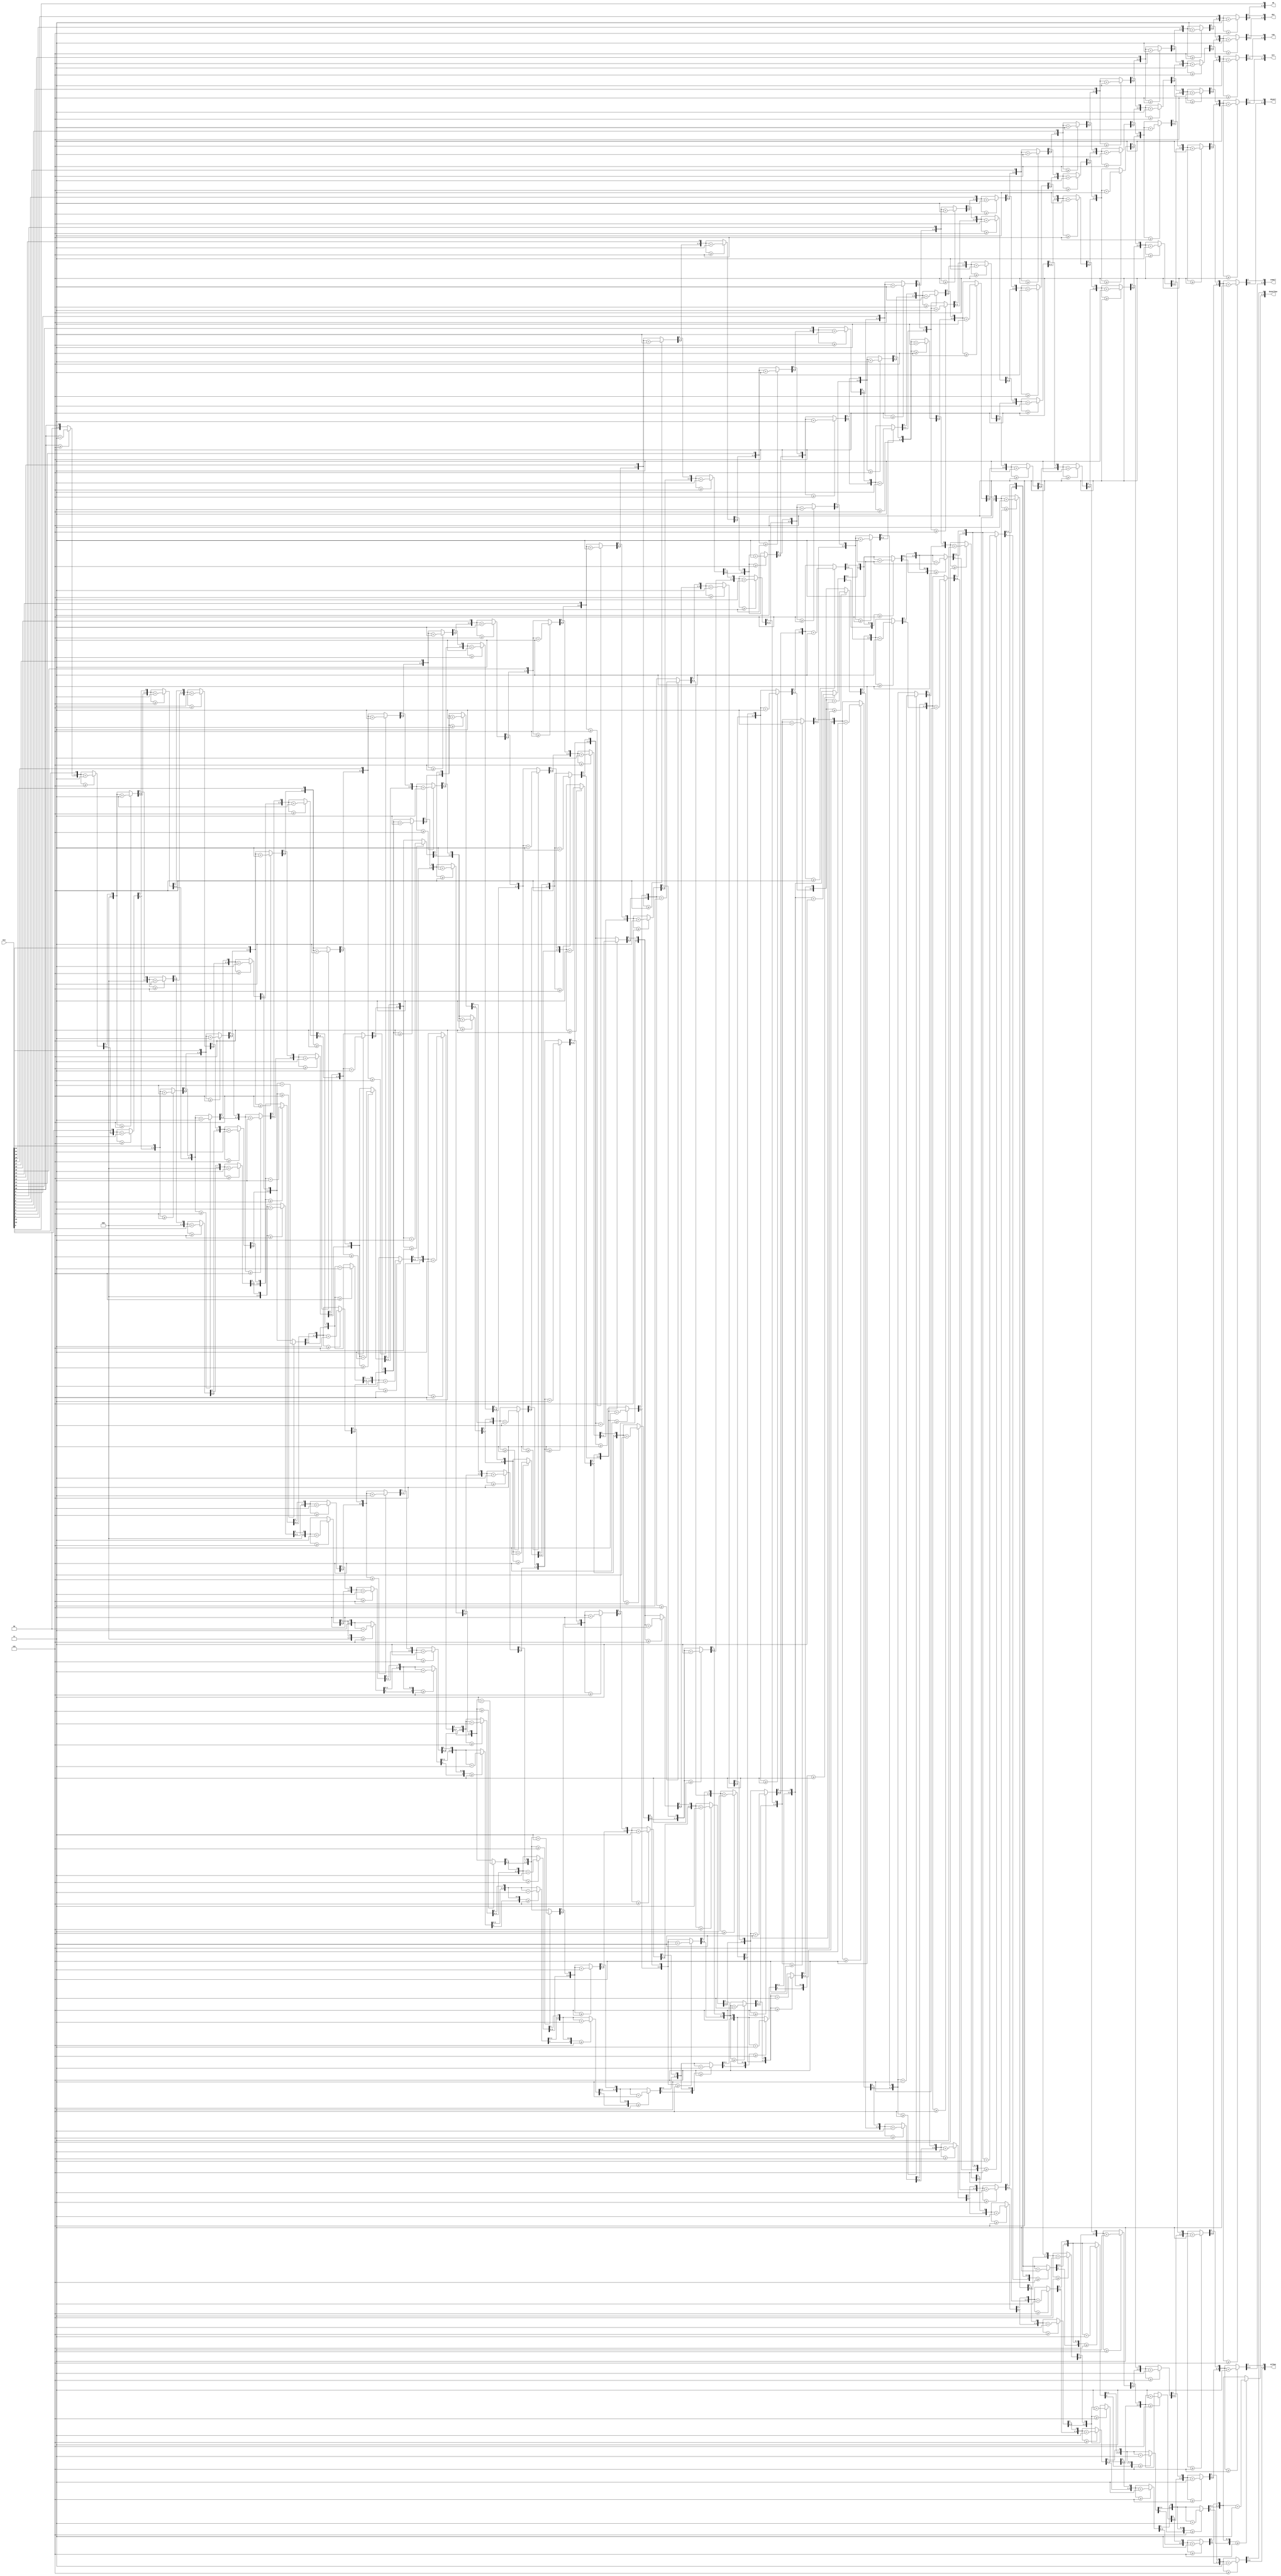
module binParaBCD(
	input [25:0] bin,
	output reg [3:0] dezmilhao,
	output reg [3:0] milhao,
	output reg [3:0] cemmil,
	output reg [3:0] dezmil,
	output reg [3:0] mil,
	output reg [3:0] cem,
	output reg [3:0] dez,
	output reg [3:0] um

);

	integer i;
	
	always @(bin)
	begin
			dezmilhao = 4'd0;
			milhao = 4'd0;
			cemmil = 4'd0;
			dezmil = 4'd0;
			mil = 4'd0;
			cem = 4'd0;
			dez = 4'd0;
			um = 4'd0;
			
			for (i = 25; i >= 0; i = i-1)
			begin
				// Adicionar 3 as colunas maiores que 5
				if (dezmilhao >= 5) dezmilhao = dezmilhao + 3;
				if (milhao >= 5) milhao = milhao + 3;
				if (cemmil >= 5) cemmil = cemmil + 3;
				if (dezmil >= 5) dezmil = dezmil + 3;
				if (mil >= 5) mil = mil+3;
				if (cem >= 5) cem = cem+3;
				if (dez >= 5) dez = dez+3;
				if (um >= 5) um = um+3;
				
				//deslocamento esquerdo de 1
				dezmilhao = dezmilhao << 1;
				dezmilhao[0] = milhao[3];
				milhao = milhao << 1;
				milhao[0] = cemmil[3];
				cemmil = cemmil << 1;
				cemmil[0] = dezmil [3];
				dezmil = dezmil << 1;
				dezmil[0] = mil[3];
				mil = mil << 1;
				mil[0] = cem[3];
				cem = cem << 1;
				cem[0] = dez[3];
				dez = dez << 1;
				dez[0] = um[3];
				um = um << 1;
				um[0] = bin[i];
			end
	end

endmodule